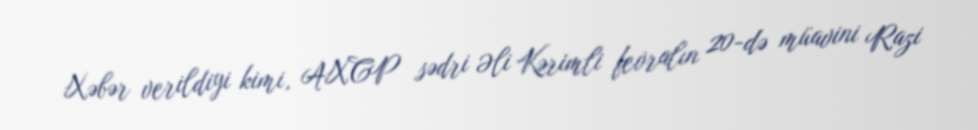
Xəbər verildiyi kimi, AXCP sədri Əli Kərimli fevralın 20-də müavini Razi